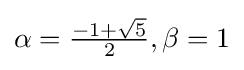
\alpha ={\tfrac {-1+{\sqrt {5}}}{2}},\beta =1